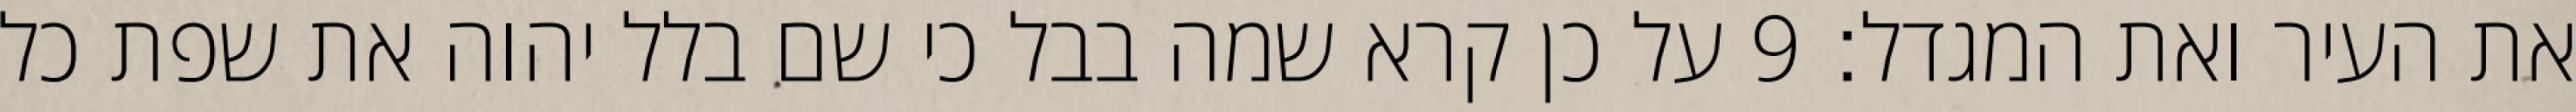
את העיר ואת המגדל׃ ‎9‏ על כן קרא שמה בבל כי שם בלל יהוה את שפת כל